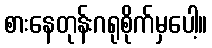
စားနေတုန်းဂရုစိုက်မှပေါ့။